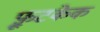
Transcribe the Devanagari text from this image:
फ़्रूटकेक